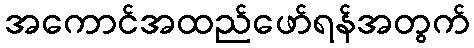
အကောင်အထည်ဖော်ရန်အတွက်